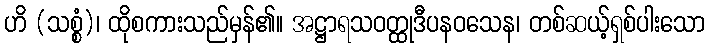
ဟိ (သစ္စံ)၊ ထိုစကားသည်မှန်၏။ အဋ္ဌာရသဝတ္ထုဒီပနဝသေန၊ တစ်ဆယ့်ရှစ်ပါးသော